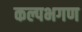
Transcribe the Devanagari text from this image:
कल्पभगण